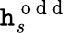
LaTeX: \mathtt{h}_{s}^{\mathrm{{~o~d~d~}}}